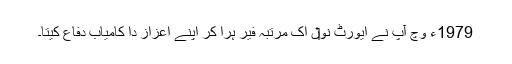
1979ء وچ آپ نے ایورٹ نو‏‏ں اک مرتبہ فیر ہرا کر اپنے اعزاز دا کامیاب دفاع کیتا۔